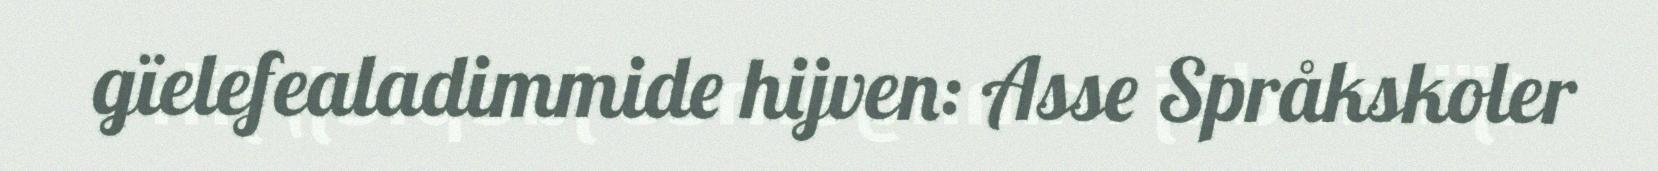
gïelefealadimmide hijven: Asse Språkskoler